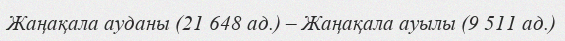
Жаңақала ауданы (21 648 ад.) – Жаңақала ауылы (9 511 ад.)